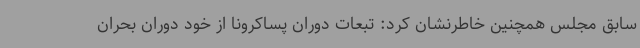
سابق مجلس همچنین خاطرنشان کرد: تبعات دوران پساکرونا از خود دوران بحران